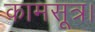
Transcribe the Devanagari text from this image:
कामसूत्र।